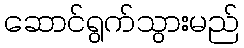
ဆောင်ရွက်သွားမည်